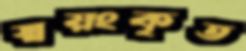
স্বয়ংকৃত